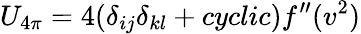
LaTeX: U_{4\pi}=4(\delta_{ij}\delta_{kl}+cyclic)f^{\prime\prime}(v^{2})